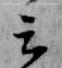
云